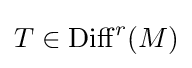
T\in \mathrm {Diff} ^{r}(M)